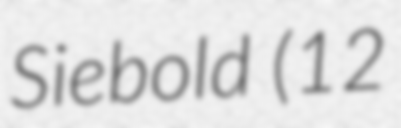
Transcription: Siebold (12